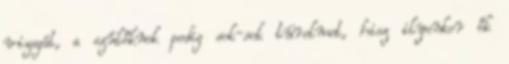
vizsgát, a szülőknek pedig sok-sok türelmet, hisz ilyenkor ők